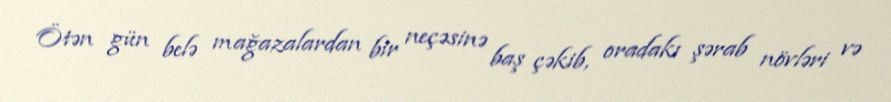
Ötən gün belə mağazalardan bir neçəsinə baş çəkib, oradakı şərab növləri və